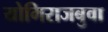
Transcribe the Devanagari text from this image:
योगिराजबुवा